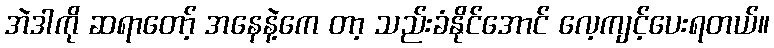
အဲဒါကို ဆရာတော့် အနေနဲ့ကေ တာ့ သည်းခံနိုင်အောင် လေ့ကျင့်ပေးရတယ်။